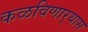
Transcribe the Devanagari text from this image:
कळविणार्‍यास